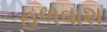
હળવાશ